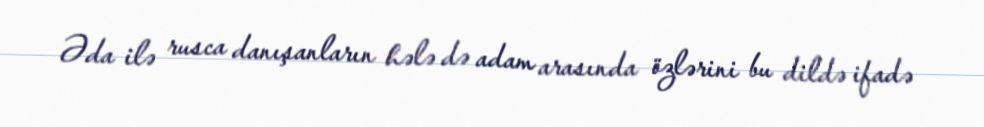
Əda ilə rusca danışanların hələ də adam arasında özlərini bu dildə ifadə